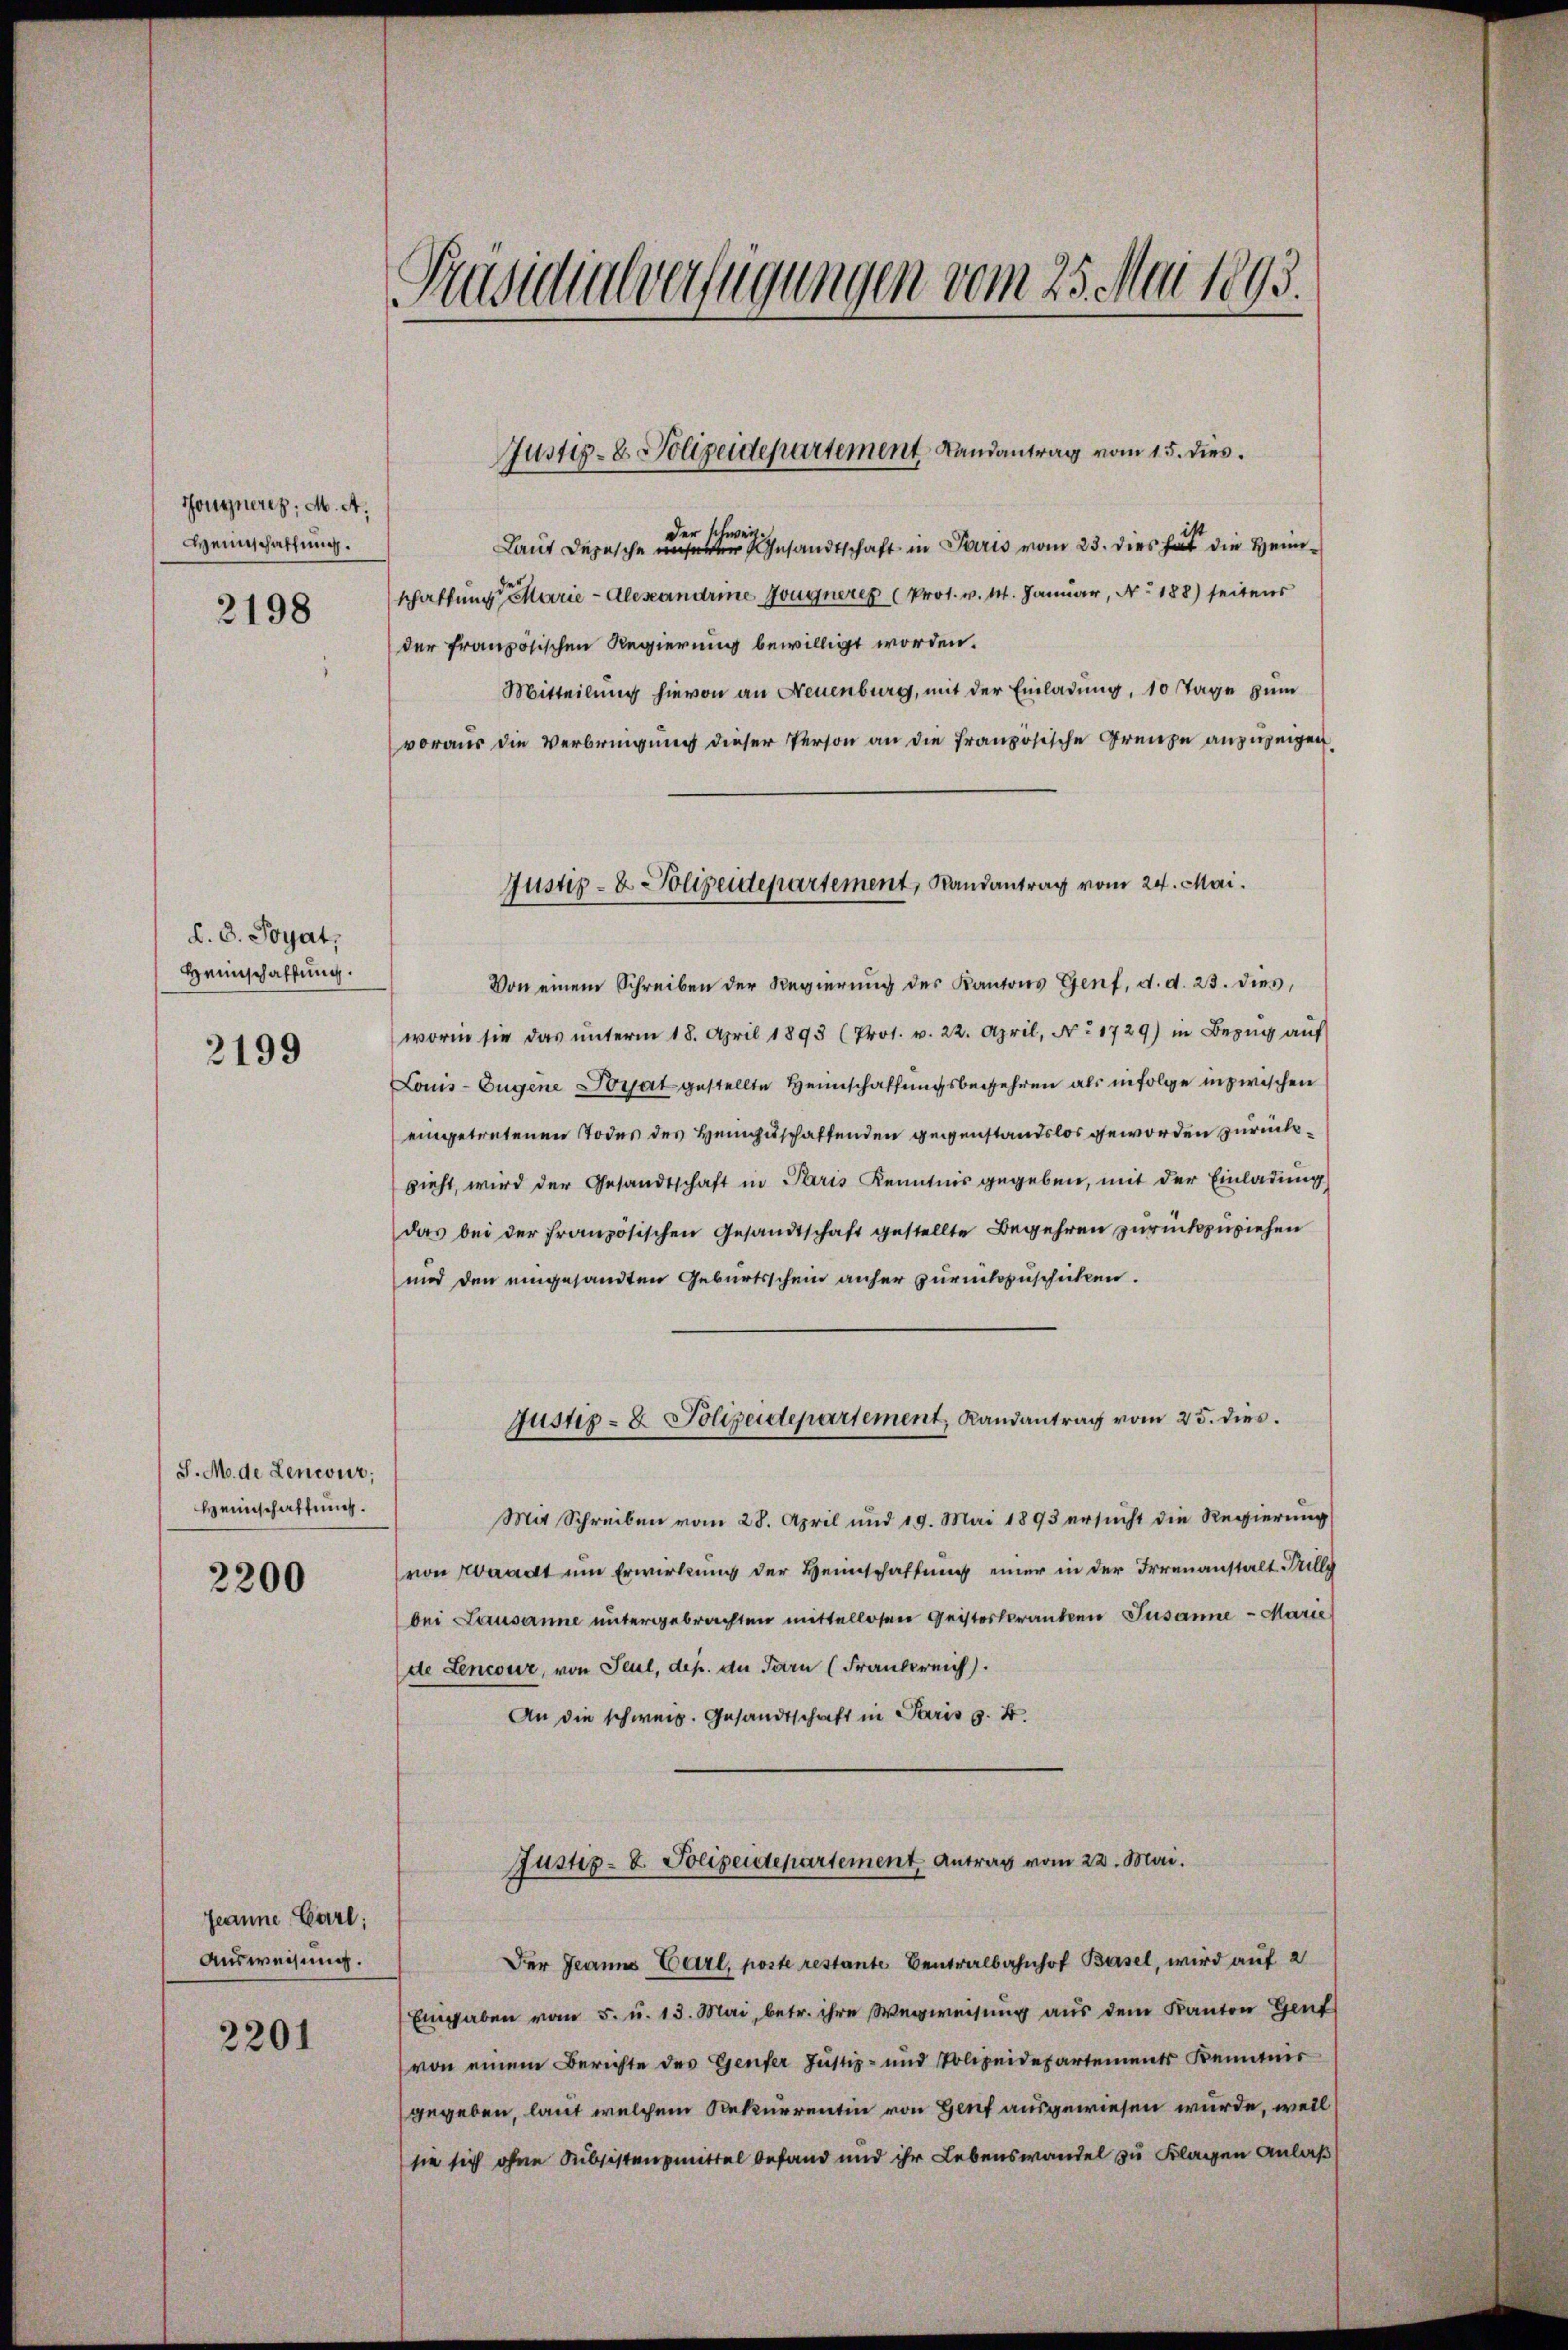
Hongnerez. M. A.
Heinschaffung.
2198

d. d. Soyat,
Heimschaffung.

2199

J. M. de Leneur;
Heimschaftung.

2300

Jeanne Carl,
Ausweisung.

2201

Präsidialverfügungen vom 25. Mai 1893.

Der Schwei
Laut Depesche unserer Gesandtschaft in Paris vom 23. dies hat die Heimschaffung Marie - Alexandrine Zeugneren (Pros. v. M. Januar, No 188) seitens
der französischen Regierung bewilligt worden.
Mitteilung hievon an Neuenburg, mit der Einladung, 10 Tage zum
voraus die Verbringung dieser Person an die französische Grenze anzuzeigen
Von einem Schreiben der Regierŭng des Kantons Genf, d. d. 23. dies
worin sie das ŭnterm 18. April 1893 (Pros. v. 22. April, Nr. 1729) in Bezug auf
Louis-Eugene Sorat gestellte Heimschaffungsbegehren als infolge inzwischen
eingetretenen Todes des Heinzuschaffenden gegenstandslos geworden zurücksieht, wird der Gesandtschaft in Paris Kenntnis gegeben, mit der Einladung
das bei der französischen Gesandtschaft gestellte Begehren zurückzuziehen
und den eingesandten Geburtsschein anher zurückzuschicken.
Justiz- & Polizeidepartement, Randantrag vom 25. dies.
Mit Schreiben vom 28. April und 19. Mai 1893 ersucht die Regierung
von Waadt um Erwirkung der Heimschaffung einer in der Irrenanstalt Filly
bei Lausanne untergebrachten mittellosen Geisteskranken Susanne - Marie
de Lencour, von Seul, dep. an darn (Frankreich.
An die schweiz. Gesandtschrift in Paris v. 4.

Justiz- & Polizeidepartement Randantrag vom 15. dies

Justiz- & Polizeidepartement, Randantrag vom 24. Mai.

Justiz- & Polizeidepartement. Antrag vom 22. Mai.

Der Jeanns Carl, poste restante Centralbahnhof Basel, wird auf 2
Eingaben vom 5. u. 13. Mai, betr. ihre Wegweisung aus dem Kanton Genf
von einem Berichte des Genfer Justiz- und Polizeidepartements Kenntnis
gegeben, laut welchem Rekurrentin von Genf ausgewiesen wurde, weil
sie sich ohne Subsistenzmittel befand und ihr Lebenswandel zu Klagen Anlaß